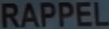
RAPPEL